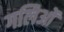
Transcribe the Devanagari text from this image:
गलिओं